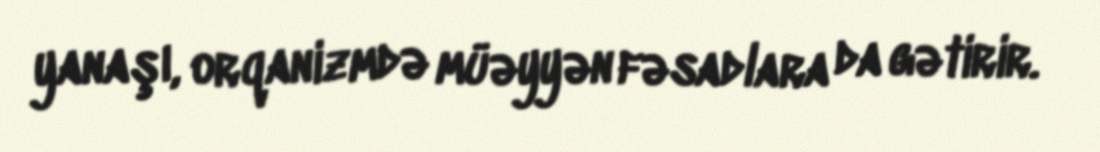
yanaşı, orqanizmdə müəyyən fəsadlara da gətirir.